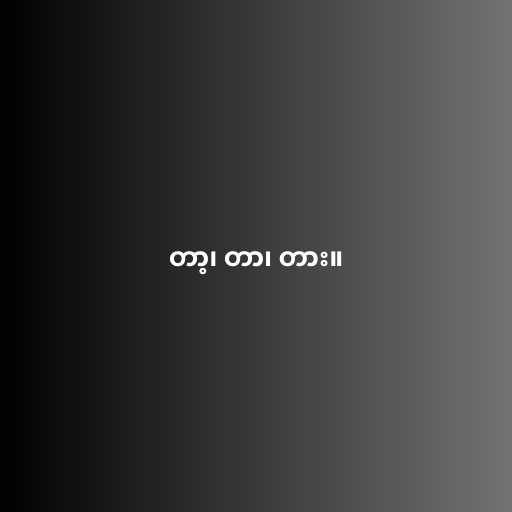
တာ့၊ တာ၊ တား။